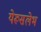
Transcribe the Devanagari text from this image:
येरूसलेभ